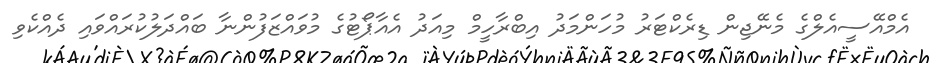
އެމްއޭސީއެލްގެ މެނޭޖިން ޑިރެކްޓަރު މުހަންމަދު އިބްރާހީމް މިއަދު އެއާޕޯޓުގެ މުވައްޒަފުންނާ ބައްދަލުކުރައްވައި ދެއްކެވި